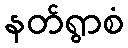
နတ်ရွာစံ